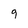
Character: q